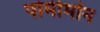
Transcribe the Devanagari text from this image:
पोमीमोन